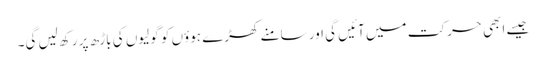
جیسے ابھی حرکت میں آئیں گی اور سامنے کھڑے ہوؤں کو گولیوں کی باڑھ پر رکھ لیں گی۔